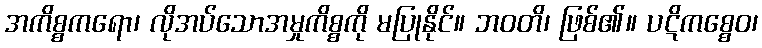
အကိစ္စကရော၊ လိုအပ်သောအမှုကိစ္စကို မပြုနိုင်။ ဘဝတိ၊ ဖြစ်၏။ ပဋိကစ္စေဝ၊